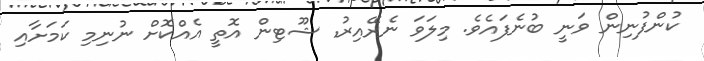
ކުންފުނިން ވަނީ ބުނެފައެވެ. މިލަވަ ނެރޭއިރު